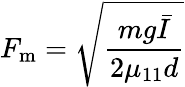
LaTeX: F_{\mathrm{m}}=\sqrt{\frac{mg\bar{I}}{2\mu_{11}d}}